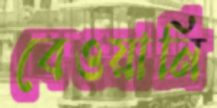
বেওয়ানি